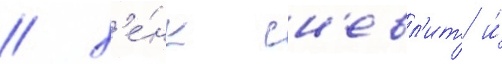
/ х'е́нк сн'евл'ит и́